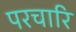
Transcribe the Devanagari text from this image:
परचारि